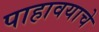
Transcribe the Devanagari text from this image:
पाहावयाचे